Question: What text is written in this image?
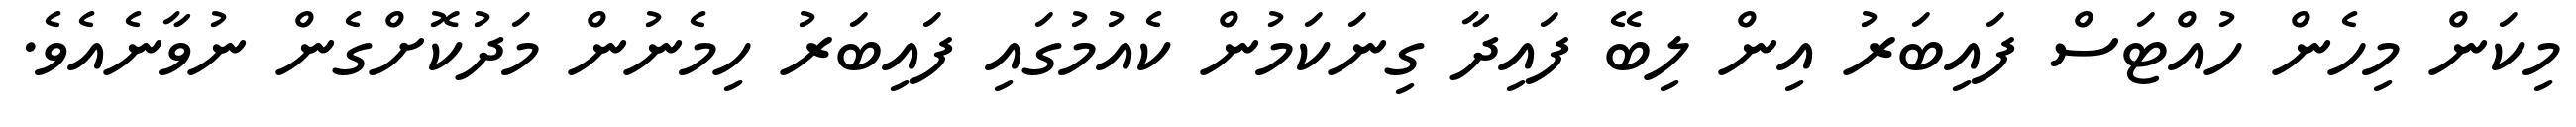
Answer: މިކަން މިހެން ހުއްޓަސް ފައިބަރު އިން ލިބޭ ފައިދާ ގިނަކަމުން ކެއުމުގައި ފައިބަރު ހިމެނުން މަދުކޮށްގެން ނުވާނެއެވެ.